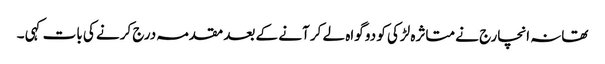
تھانہ انچارج نے متاثرہ لڑکی کو دو گواہ لے کر آنے کے بعد مقدمہ درج کرنے کی بات کہی ۔